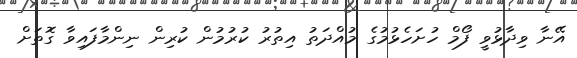
އޭނާ ވިދާޅުވީ ފޯމް ހުށަހެޅުމުގެ މުއްދަތު އިތުރު ކުރުމުން ކުރިން ނިންމާފައިވާ ގޮތަށް